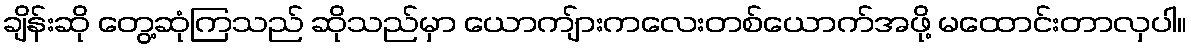
ချိန်းဆို တွေ့ဆုံကြသည် ဆိုသည်မှာ ယောကျ်ားကလေးတစ်ယောက်အဖို့ မထောင်းတာလှပါ။